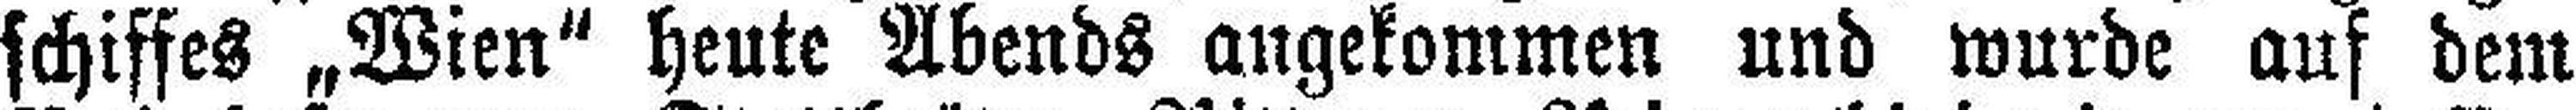
schiffes „Wien“ heute Abends angekommen und wurde auf dem